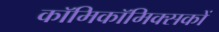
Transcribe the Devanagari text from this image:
काॅमिकॉमिक्सकों